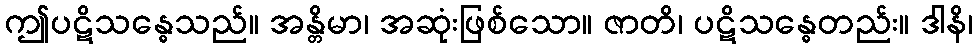
ဤပဋိသန္ဓေသည်။ အန္တိမာ၊ အဆုံးဖြစ်သော။ ဇာတိ၊ ပဋိသန္ဓေတည်း။ ဒါနိ၊